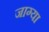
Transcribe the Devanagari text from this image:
जाग्या